Bombay plague: being a history of the progress of plague in the Bombay presidency from September 1896 to June 1899
Year: 1896
Disease focus: Plague
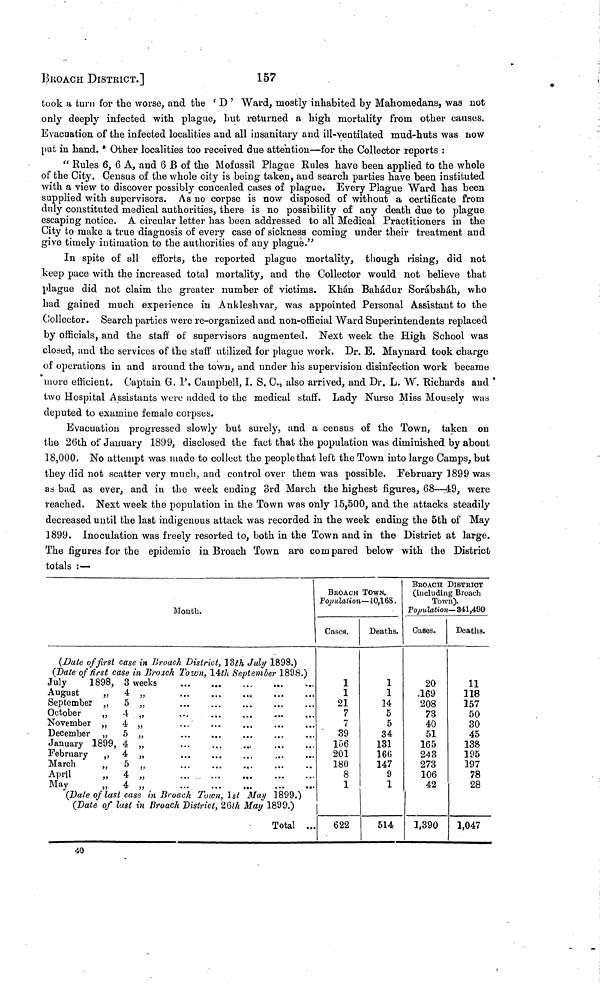
Broach dISTRICT.]
157
took a turn for the worse, and the ' D ' Ward, mostly inhabited by Mahomedans, was not
only deeply infected with plague, but returned a high mortality from other causes.
Evacuation of the infected localities and all insanitary and ill-ventilated mud-huts was now
put in hand. * Other localities too received due attention—for the Collector reports :
" Rules 6, 6 A, and 6 B of the Mofussil Plague Rules have been applied to the whole
of the City. Census of the whole city is being taken, and search parties have been instituted
with a view to discover possibly concealed cases of plague. Every Plague Ward has been
supplied with supervisors. As no corpse is now disposed of without a certificate from
duly constituted medical authorities, there is no possibility of any death due to plague
escaping notice. A circular letter has been addressed to all Medical Practitioners in the
City to make a true diagnosis of every case of sickness coming under their treatment and
give timely intimation to the authorities of any plague."
In spite of all efforts, the reported plague mortality, though rising, did not
keep pace with the increased total mortality, and the Collector would not believe that
plague did not claim the greater number of victims. Khán Bahadur Sorábsháh, who
had gained much experience in Ankleshvar, was appointed Personal Assistant to the
Collector. Search parties were re-organized and non-official Ward Superintendents replaced
by officials, and the staff of supervisors augmented. Next week the High School was
closed, und the services of the staff utilized for plague work. Dr. E. Maynard took charge
of operations in and around the town, and under his supervision disinfection work became
more efficient. Captain G. P. Campbell, I. S, C., also arrived, and Dr. L. W. Richards and
two Hospital Assistants were added to the medical staff. Lady Nurse Miss Mousely was
deputed to examine female corpses.
Evacuation progressed slowly but surely, and a census of the Town, taken on
the 26th of January 1899, disclosed the fact that the population was diminished by about
18,000. No attempt was made to collect the people that left the Town into large Camps, but
they did not scatter very much, and control over them was possible. February 1899 was
as bad as ever, and in the week ending 3rd March the highest figures, 68—49, were
reached. Next week the population in the Town was only 15,500, and the attacks steadily
decreased until the last indigenous attack was recorded in the week ending the 5th of May
1899. Inoculation was freely resorted to, both in the Town and in the District at large.
The figures for the epidemic in Broach Town are compared below with the District
totals :—
Mouth.
(Date of first case in Broach District, 13th July 1898.)
(Date of first case in Broach Town, 14th September 1898.)
July
1898,
August
„
September „
October
„
November „
December „
January 1899,
February
,,
March
„
April
„
May „
8
4
5
4
4
5
4
4
5
4
4
weeks
„
„
„
„
„
,„
„
„
„
(Date of last case in Broach Τown, 1st Mail 1899.)
(Date of lust in Broach District, 26th May 1899.)
Total ...
BROACH TOWN.
Population— 40,168 .
Cases.
1
1
21
7
7
39
156
201
180
8
1
622
Deaths.
1
1
14
5
5
34
131
166
147
9
1
514
BEOACH DISTRICT
(including Broach
Town).
Population— 341,490
Cases.
20
169
208
73
40
51
165
243
273
106
42
1,390
Deaths.
11
118
157
50
30
45
138
195
197
78
28
1,047
40